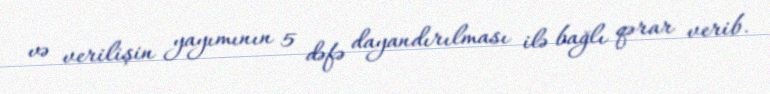
və verilişin yayımının 5 dəfə dayandırılması ilə bağlı qərar verib.